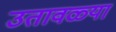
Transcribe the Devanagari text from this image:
उतावळ्या